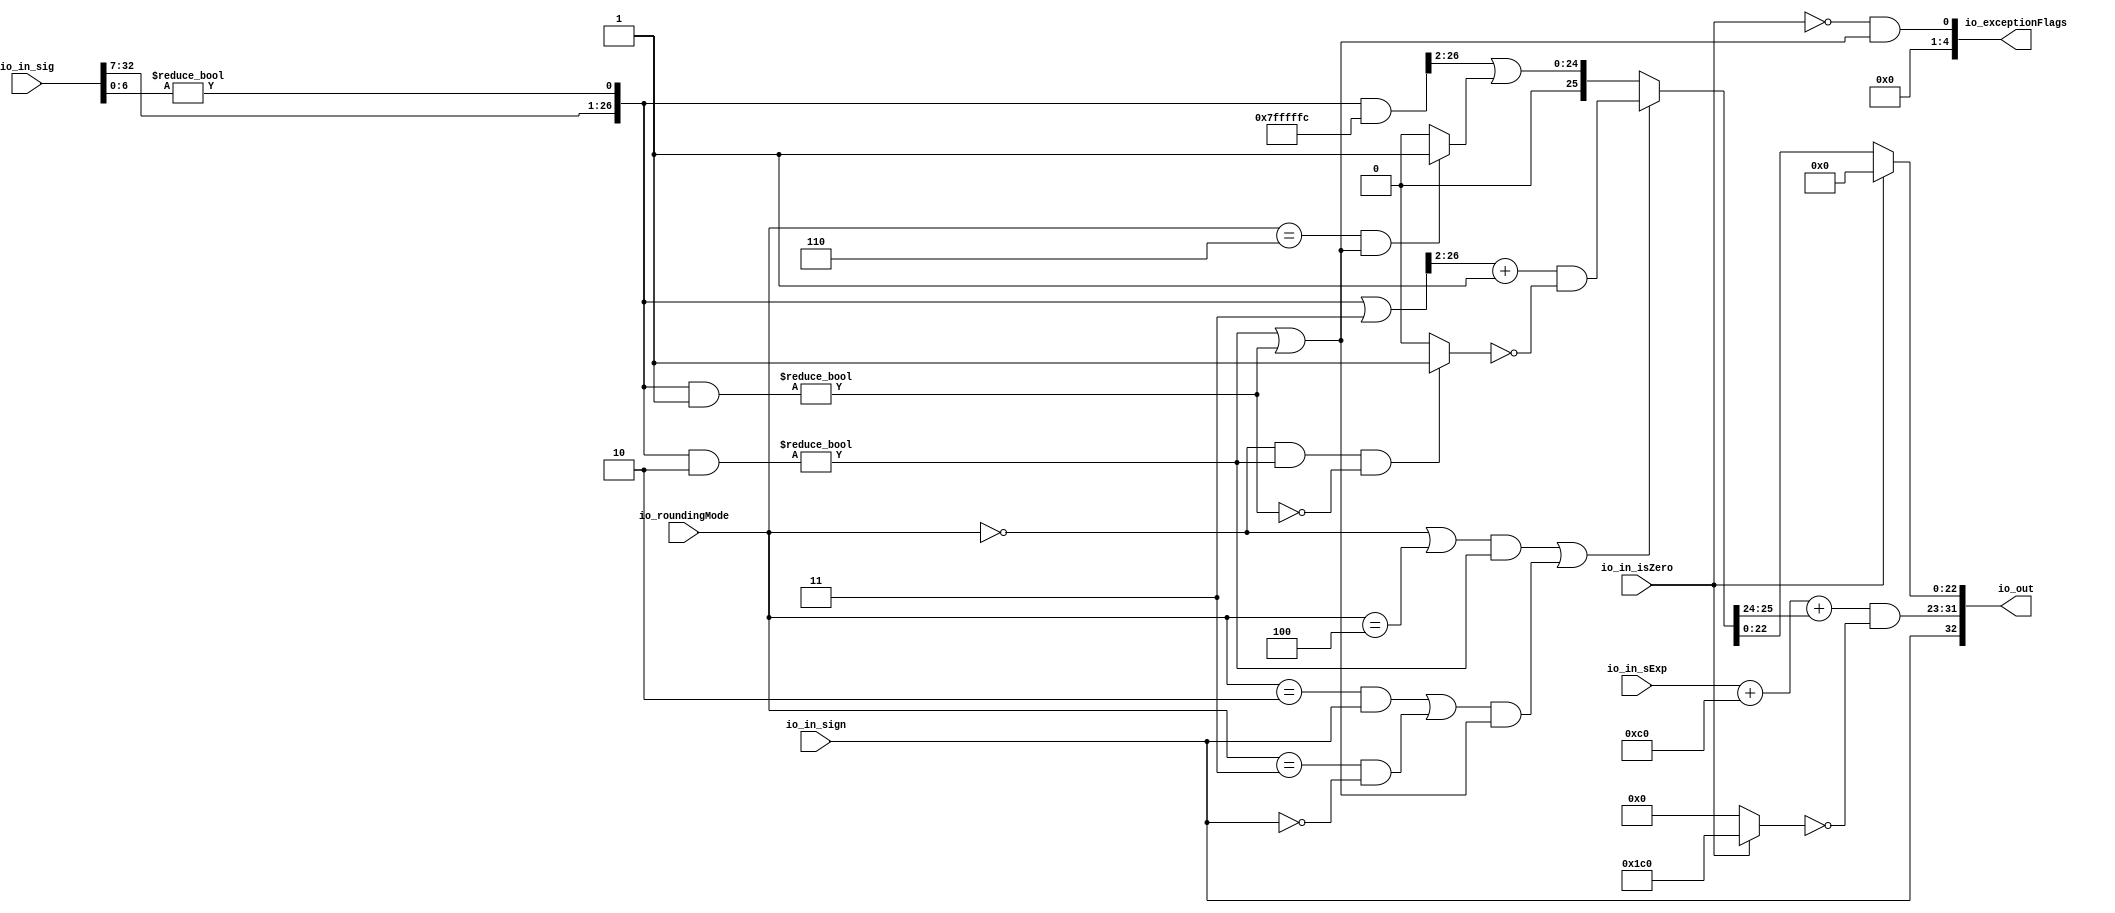
module RoundAnyRawFNToRecFN_1(
  input         io_in_isZero,
  input         io_in_sign,
  input  [7:0]  io_in_sExp,
  input  [32:0] io_in_sig,
  input  [2:0]  io_roundingMode,
  output [32:0] io_out,
  output [4:0]  io_exceptionFlags
);
  wire  roundingMode_near_even;
  wire  roundingMode_min;
  wire  roundingMode_max;
  wire  roundingMode_near_maxMag;
  wire  roundingMode_odd;
  wire  roundMagUp;
  wire [9:0] sAdjustedExp;
  wire [26:0] adjustedSig;
  wire  common_inexact;
  wire [8:0] common_expOut;
  wire [22:0] common_fractOut;
  wire  commonCase;
  wire  inexact;
  wire [8:0] expOut;
  wire [22:0] fractOut;

`define MY_ASSIGNMENT
`ifdef MY_ASSIGNMENT
  assign roundingMode_near_even = io_roundingMode == 3'h0;
  assign roundingMode_min = io_roundingMode == 3'h2;
  assign roundingMode_max = io_roundingMode == 3'h3;
  assign roundingMode_near_maxMag = io_roundingMode == 3'h4;
  assign roundingMode_odd = io_roundingMode == 3'h6;
  assign roundMagUp = (roundingMode_min & io_in_sign) | (roundingMode_max & !io_in_sign);

  wire [9:0] _T_3 = $signed({{1{io_in_sExp[7]}},io_in_sExp}) + $signed(9'shc0);
  assign sAdjustedExp = {1'b0,$signed(_T_3[8:0])};
  assign adjustedSig = {io_in_sig[32:7], (io_in_sig[6:0] != 7'h0)};

  wire _T_15 = (adjustedSig & 27'h2) != 27'h0;
  wire _T_17 = (adjustedSig & 27'h1) != 27'h0;
  assign common_inexact = _T_15 | _T_17;

  wire [26:0] _T_23 = adjustedSig | 27'h3;
  wire [25:0] _T_25 = _T_23[26:2] + 25'h1;
  wire [25:0] _T_30 = (roundingMode_near_even & _T_15 & !_T_17) ? 26'h1 : 26'h0;
  wire [26:0] _T_34 = adjustedSig & 27'h7fffffc;
  wire [25:0] _T_38 = (roundingMode_odd & common_inexact) ? 26'h1 : 26'h0;
  wire [25:0] _T_40 = (((roundingMode_near_even | roundingMode_near_maxMag) & _T_15) | (roundMagUp & common_inexact)) ? (_T_25 &  (~ _T_30)) : ({{1'd0}, _T_34[26:2]} | _T_38);
  wire [2:0] _T_42 = {1'b0,$signed(_T_40[25:24])};
  wire [10:0] _T_43 = $signed(sAdjustedExp) + $signed({{7{_T_42[2]}},_T_42});
  assign common_expOut = _T_43[8:0];
  assign common_fractOut = _T_40[22:0];
  assign commonCase = io_in_isZero == 1'h0;
  assign inexact = commonCase & common_inexact;

  wire [8:0] _T_75 = io_in_isZero ? 9'h1c0 : 9'h0;
  assign expOut = common_expOut & (~ _T_75);
  assign fractOut = io_in_isZero ? 23'h0 : common_fractOut;
  assign io_out = {io_in_sign, expOut, fractOut};
  assign io_exceptionFlags = {4'h0, inexact};

`endif // MY_ASSIGNMENT

endmodule